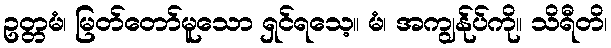
ဥတ္တမံ၊ မြတ်တော်မူသော ရှင်ရသေ့။ မံ၊ အကျွန်ုပ်ကို။ သိရီတိ၊